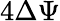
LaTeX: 4\Delta\Psi